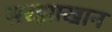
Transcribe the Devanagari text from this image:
सरझाखान